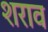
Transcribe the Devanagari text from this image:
शराव